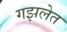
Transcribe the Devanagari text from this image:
गझलेत